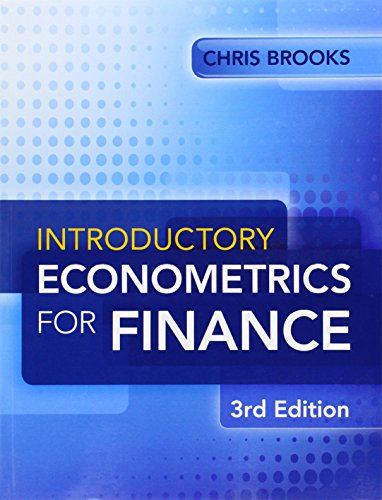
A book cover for Introductory Econometrics for Finance; Chris Brooks; Business & Money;